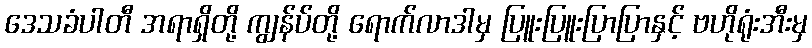
ဒေသခံပါတီ အရာရှိတို့ ကျွန်ပ်တို့ ရောက်လာဒါမှ ပြူးပြူးပြာပြာနှင့် ဗဟိုရုံးအီးမှ